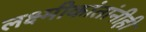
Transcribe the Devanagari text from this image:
लक्ष्मीकांतांनीही